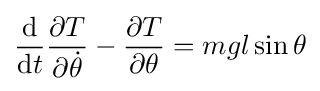
{\frac {\mathrm {d} }{\mathrm {d} t}}{\partial {T} \over \partial {\dot {\theta }}}-{\partial {T} \over \partial \theta }=mgl\sin \theta